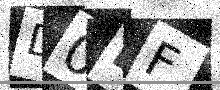
Text: D0LF